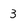
Character: 3